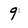
Character: 9